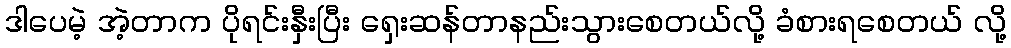
ဒါပေမဲ့ အဲ့တာက ပိုရင်းနှီးပြီး ရှေးဆန်တာနည်းသွားစေတယ်လို့ ခံစားရစေတယ် လို့